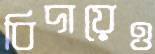
বিদায়েও